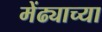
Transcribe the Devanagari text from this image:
मेंढ्याच्या